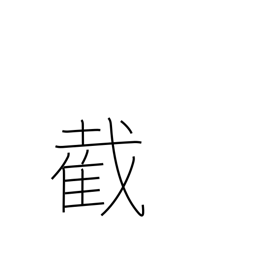
Meaning: sever